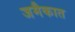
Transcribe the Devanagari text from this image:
जमैकात